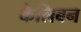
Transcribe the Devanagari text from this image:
कैलिबन